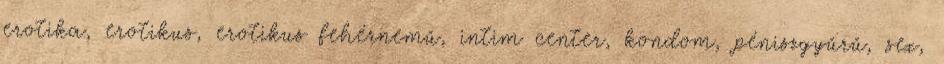
erotika, erotikus, erotikus fehérnemű, intim center, kondom, péniszgyűrű, sex,